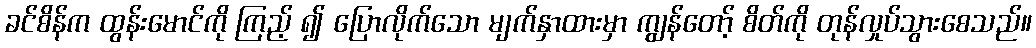
ခင်စိန်က ထွန်းမောင်ကို ကြည့် ၍ ပြောလိုက်သော မျက်နှာထားမှာ ကျွန်တော့် စိတ်ကို တုန်လှုပ်သွားစေသည်။